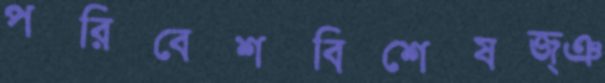
পরিবেশবিশেষজ্ঞ